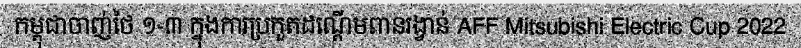
កម្ពុជាចាញ់ថៃ ១-៣ ក្នុងការប្រកួតដណ្តើមពានរង្វាន់ AFF Mitsubishi Electric Cup 2022